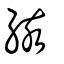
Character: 絯